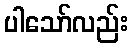
ပါသော်လည်း